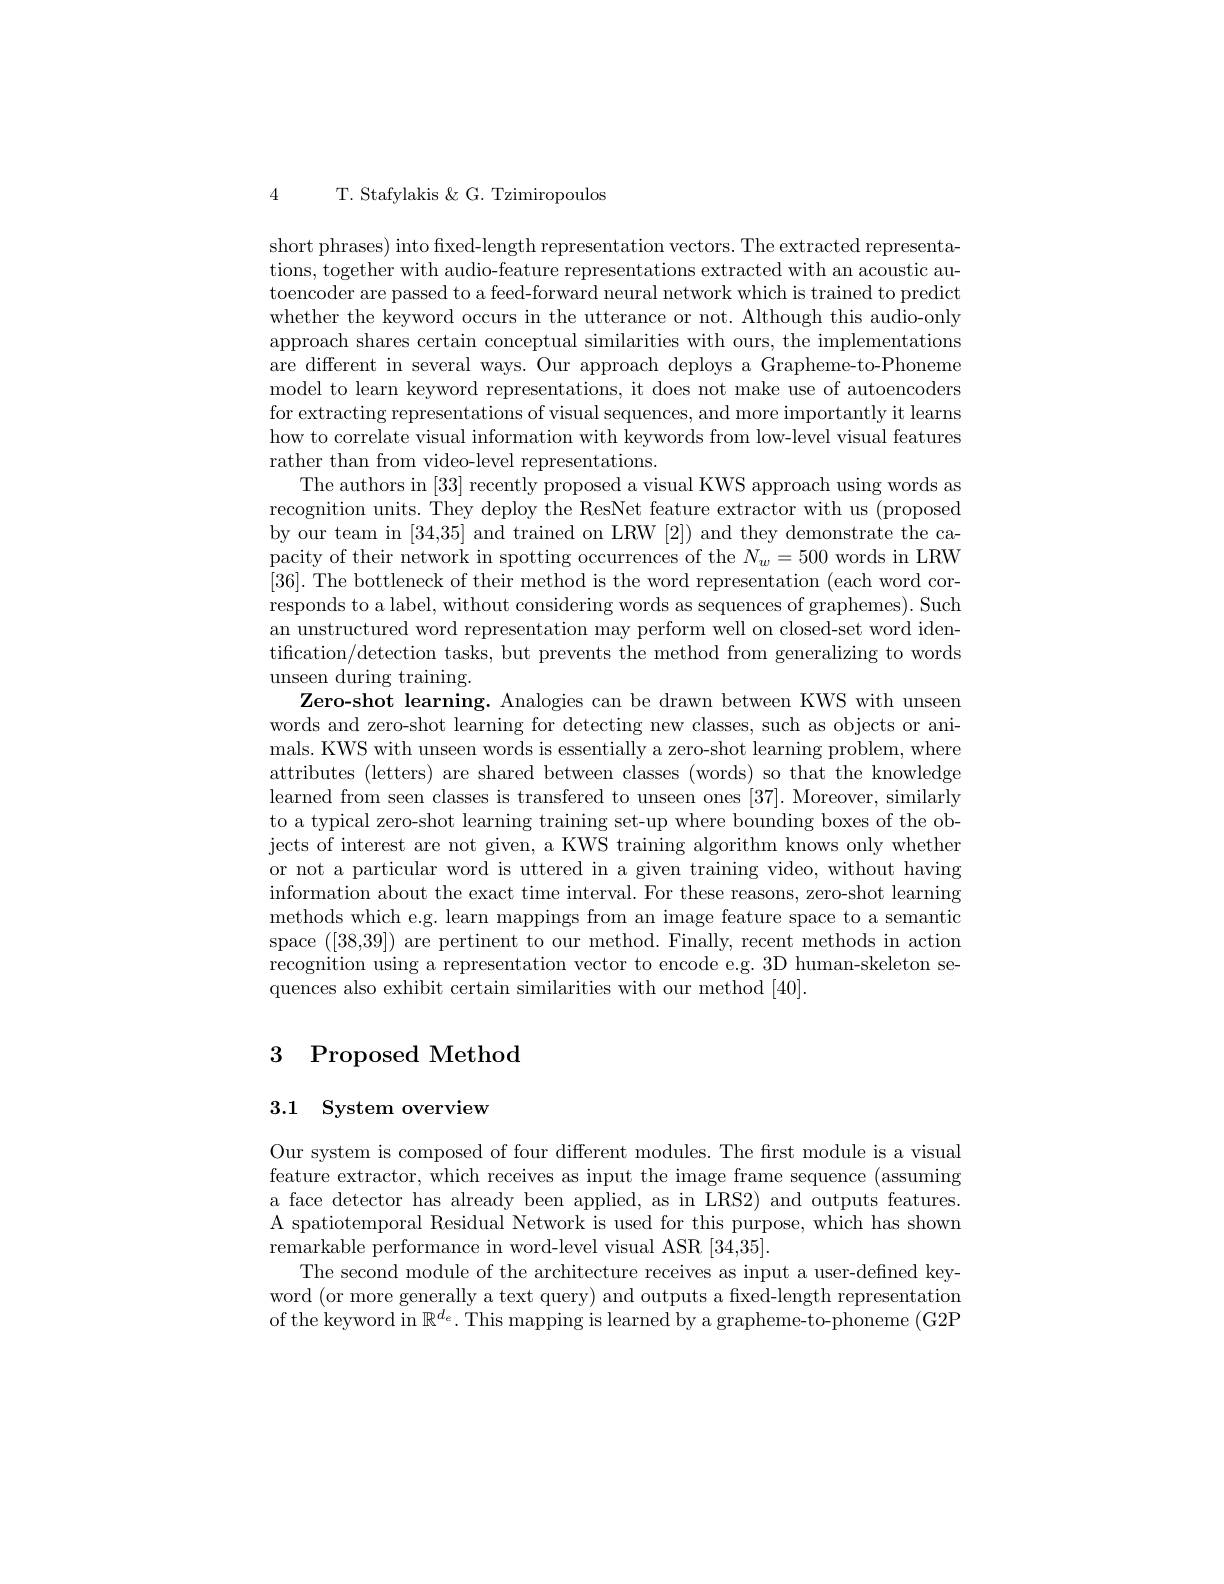
4T. Stafylakis &G. Tzimiropoulos

short phrases) into fixed-length representation vectors. The extracted representations, together with audio-feature representations extracted with an acoustic autoencoder are passed to a feed-forward neural network which is trained to predict whether the keyword occurs in the utterance or not. Although this audio-only approach shares certain conceptual similarities with ours, the implementations are different in several ways. Our approach deploys a Grapheme-to-Phoneme model to learn keyword representations, it does not make use of autoencoders for extracting representations of visual sequences, and more importantly it learns how to correlate visual information with keywords from low-level visual features rather than from video-level representations
The authors in [33] recently proposed a visual KWS approach using words as recognition units. They deploy the ResNet feature extractor with us (proposed by our team in [34,35] and trained on LRW [2]) and they demonstrate the capacity of their network in spotting occurrences of the $N_w=500$ words in LRW $[36].{\mathrm{~The~bottleneck~of~their~method~is~the~word~representation~(each~word~cor-})}$ responds to a label, without considering words as sequences of graphemes). Such an unstructured word representation may perform well on closed-set word identification/detection tasks, but prevents the method from generalizing to words unseen during training.
Zero-shot learning. Analogies can be drawn between KWS with unseen words and zero-shot learning for detecting new classes, such as objects or animals. KWS with unseen words is essentially a zero-shot learning problem, where attributes (letters) are shared between classes (words) so that the knowledge learned from seen classes is transfered to unseen ones [37]. Moreover, similarly to a typical zero-shot learning training set-up where bounding boxes of the objects of interest are not given, a KWS training algorithm knows only whether or not a particular word is uttered in a given training video, without having information about the exact time interval. For these reasons, zero-shot learning methods which e.g. learn mappings from an image feature space to a semantic space ([38,39]) are pertinent to our method. Finally, recent methods in action recognition using a representation vector to encode e.g. 3D human-skeleton sequences also exhibit certain similarities with our method [40].

# 3 Proposed Method

## 3.1 System overview

Our system is composed of four different modules. The first module is a visual feature extractor, which receives as input the image frame sequence (assuming a face detector has already been applied, as in LRS2) and outputs features A spatiotemporal Residual Network is used for this purpose, which has shown remarkable performance in word-level visual ASR [34,35].
The second module of the architecture receives as input a user-defined keyword (or more generally a text query) and outputs a fixed-length representation of the keyword in $\mathbb{R}^d_e.$ This mapping is learned by a grapheme-to-phoneme (G2P